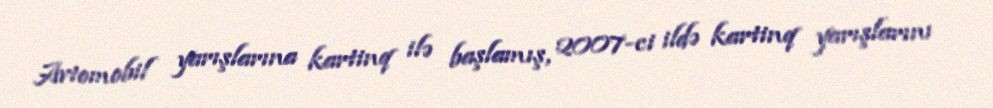
Avtomobil yarışlarına kartinq ilə başlamış, 2007-ci ildə kartinq yarışlarını